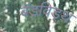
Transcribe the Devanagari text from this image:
बॅडविड्थ